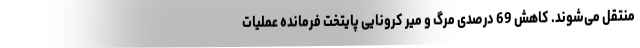
منتقل می‌شوند‌. کاهش 69 درصدی مرگ و میر کرونایی پایتخت فرمانده عملیات